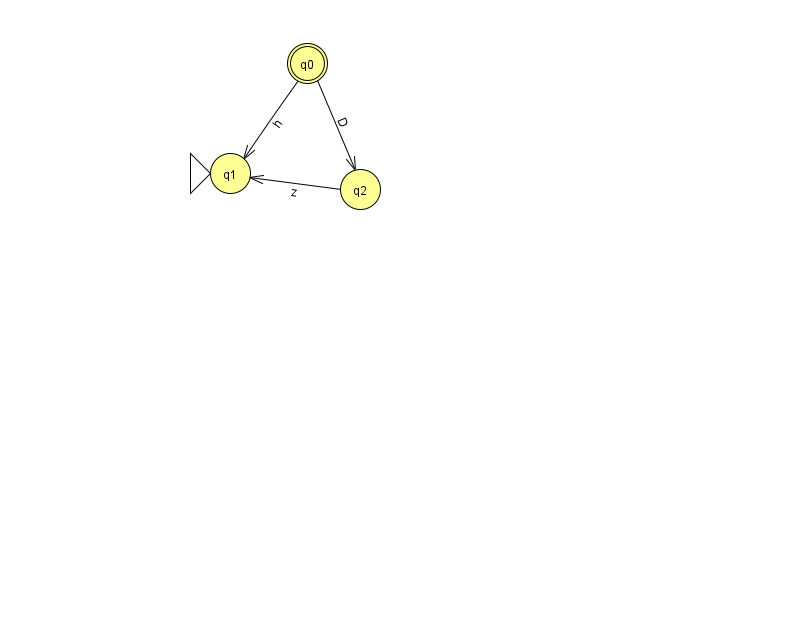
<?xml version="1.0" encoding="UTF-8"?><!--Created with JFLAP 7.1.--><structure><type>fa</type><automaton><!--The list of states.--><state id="0" name="q0"><x>307.0</x><y>50.0</y><final/></state><state id="1" name="q1"><x>230.0</x><y>160.0</y><initial/></state><state id="2" name="q2"><x>360.0</x><y>176.0</y></state><!--The list of transitions.--><transition><from>0</from><to>2</to><read>D</read></transition><transition><from>2</from><to>1</to><read>z</read></transition><transition><from>0</from><to>1</to><read>h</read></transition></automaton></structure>